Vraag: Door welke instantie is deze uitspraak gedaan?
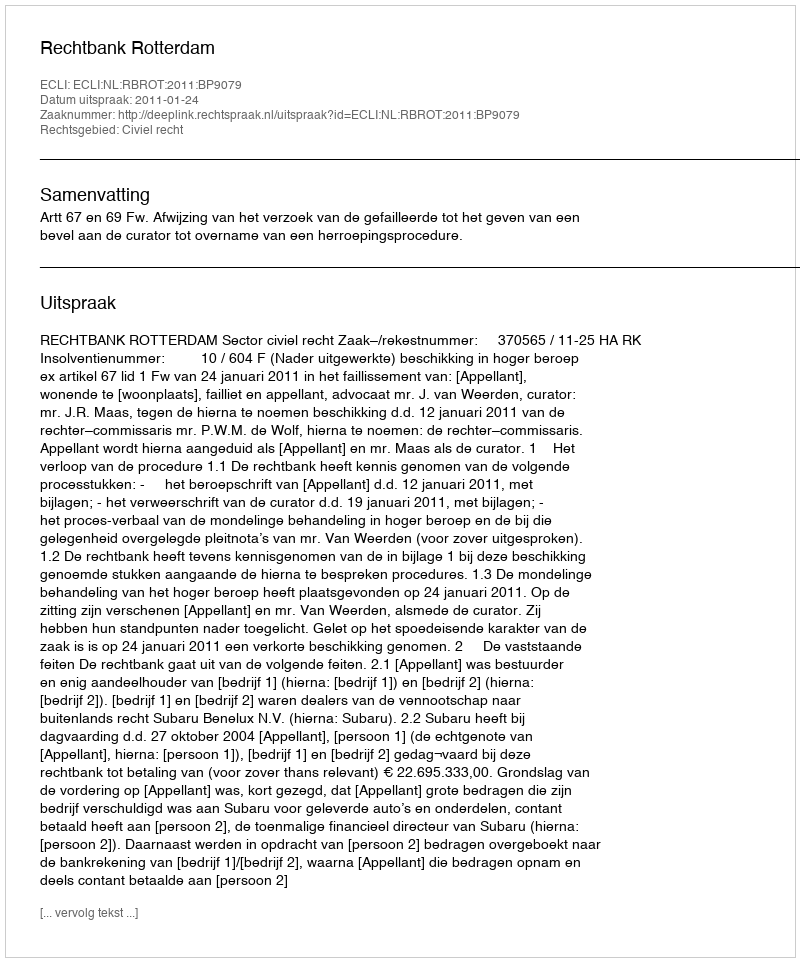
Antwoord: Rechtbank Rotterdam